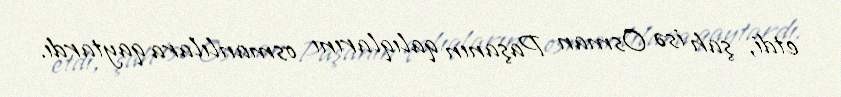
etdi, şah isə Osman Paşanın qalıqlarını osmanlılara qaytardı.